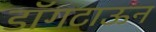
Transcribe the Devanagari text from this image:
डॉगटाऊन